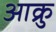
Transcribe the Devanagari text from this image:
आक्रु